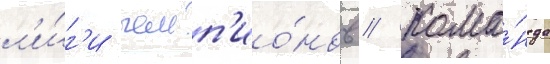
л'и́г'и чемп'ио́нов // Кома́нда